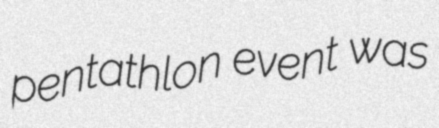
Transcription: pentathlon event was